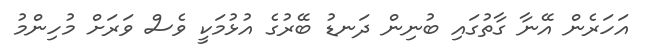
އަހަރެން އޭނާ ގާތުގައި ބުނިން ދަނޑު ބޭރުގެ އުޅުމަކީ ވެސް ވަރަށް މުހިންމު